Document type: Sale
Year: 1354
Scribe: Bernat de Torre
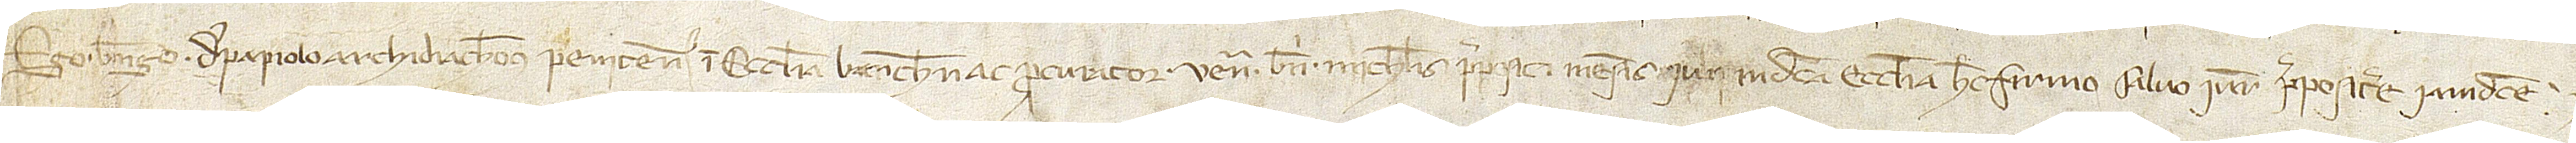
Ego Berengarius de Papiolo, archidiachonus Penitensis in ecclesia Barchinone ac procurator venerabilis Bernardi Michaelis, prepositi mensis iunii in dicta ecclesia, hec firmo, salvo iure prepositure iamdicte.